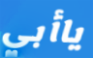
ياأبي